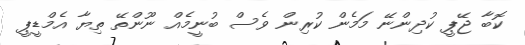
ކޮބާ ޖޭޕީ ކުދިންނޭ މަމެން ކުރިން ވެސް ބުނީމެއް ނޫންތޭ ތިޔާ އެމްޑީޕީ